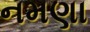
નમણા